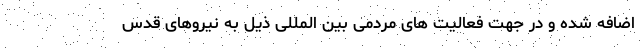
اضافه شده و در جهت فعالیت های مردمی بین المللی ذیل به نیروهای قدس